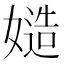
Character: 𡠻